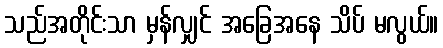
သည်အတိုင်းသာ မှန်လျှင် အခြေအနေ သိပ် မလွယ်။